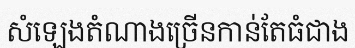
សំឡេងតំណាងច្រើនកាន់តែធំជាង